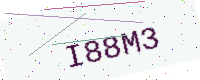
Text: I88M3